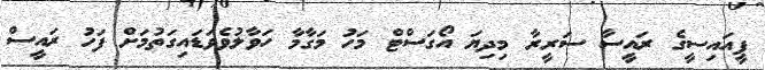
ޕީއައިސީގެ ރައީސާ ސަރީރާ މިދިޔަ އޯގަސްޓް މަހު މަގާމާ ހަވާލުވެވަޑައިގަތުމަށް ފަހު ރައީސް